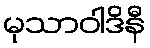
မုသာဝါဒိနီ